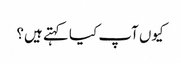
کیوں آپ کیا کہتے ہیں؟